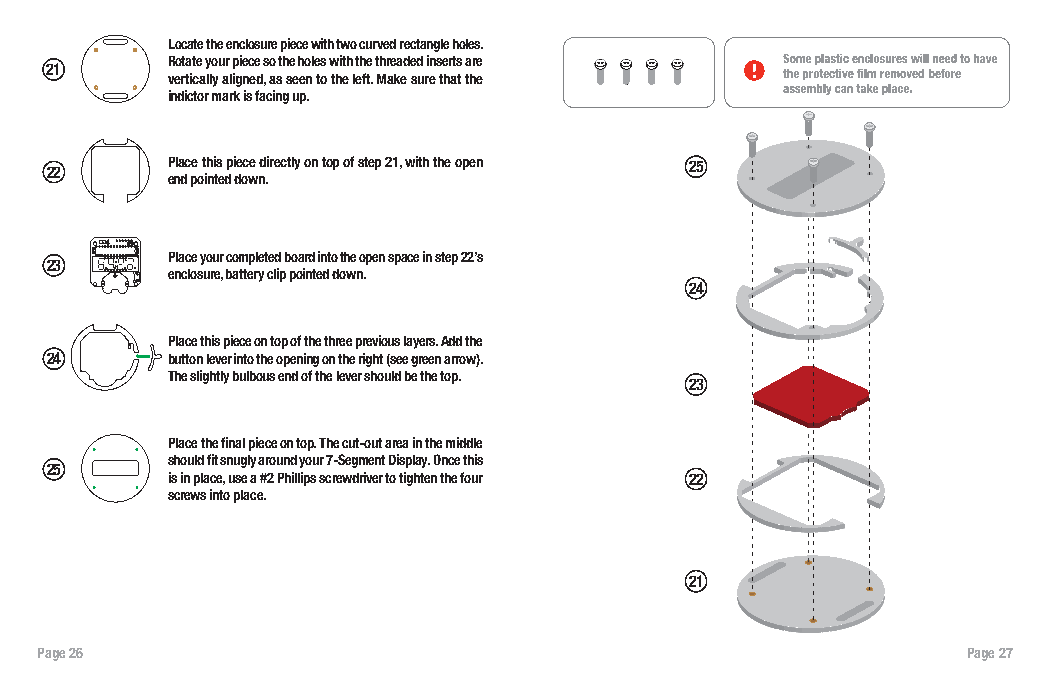
Locate the enclosure piece with two curved rectangle holes.
 Rotate your piece so the holes with the threaded inserts are
 21
 vertically aligned, as seen to the left. Make sure that the
 indictor mark is facing up.
 22      Place this piece directly on top of step 21, with the open 25
 end pointed down.
 Place your completed board into the open space in step 22’s
 23
 enclosure, battery clip pointed down.
 24
 Place this piece on top of the three previous layers. Add the
 24      button lever into the opening on the right (see green arrow).
 The slightly bulbous end of the lever should be the top.
 23
 Place the final piece on top. The cut-out area in the middle
 should fit snugly around your 7-Segment Display. Once this
 25
 is in place, use a #2 Phillips screwdriver to tighten the four 22
 screws into place.
 21
 Page 26                                                       Page 27